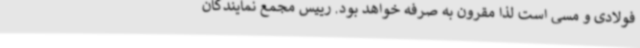
فولادی و مسی است لذا مقرون به صرفه خواهد بود. رییس مجمع نمایندگان